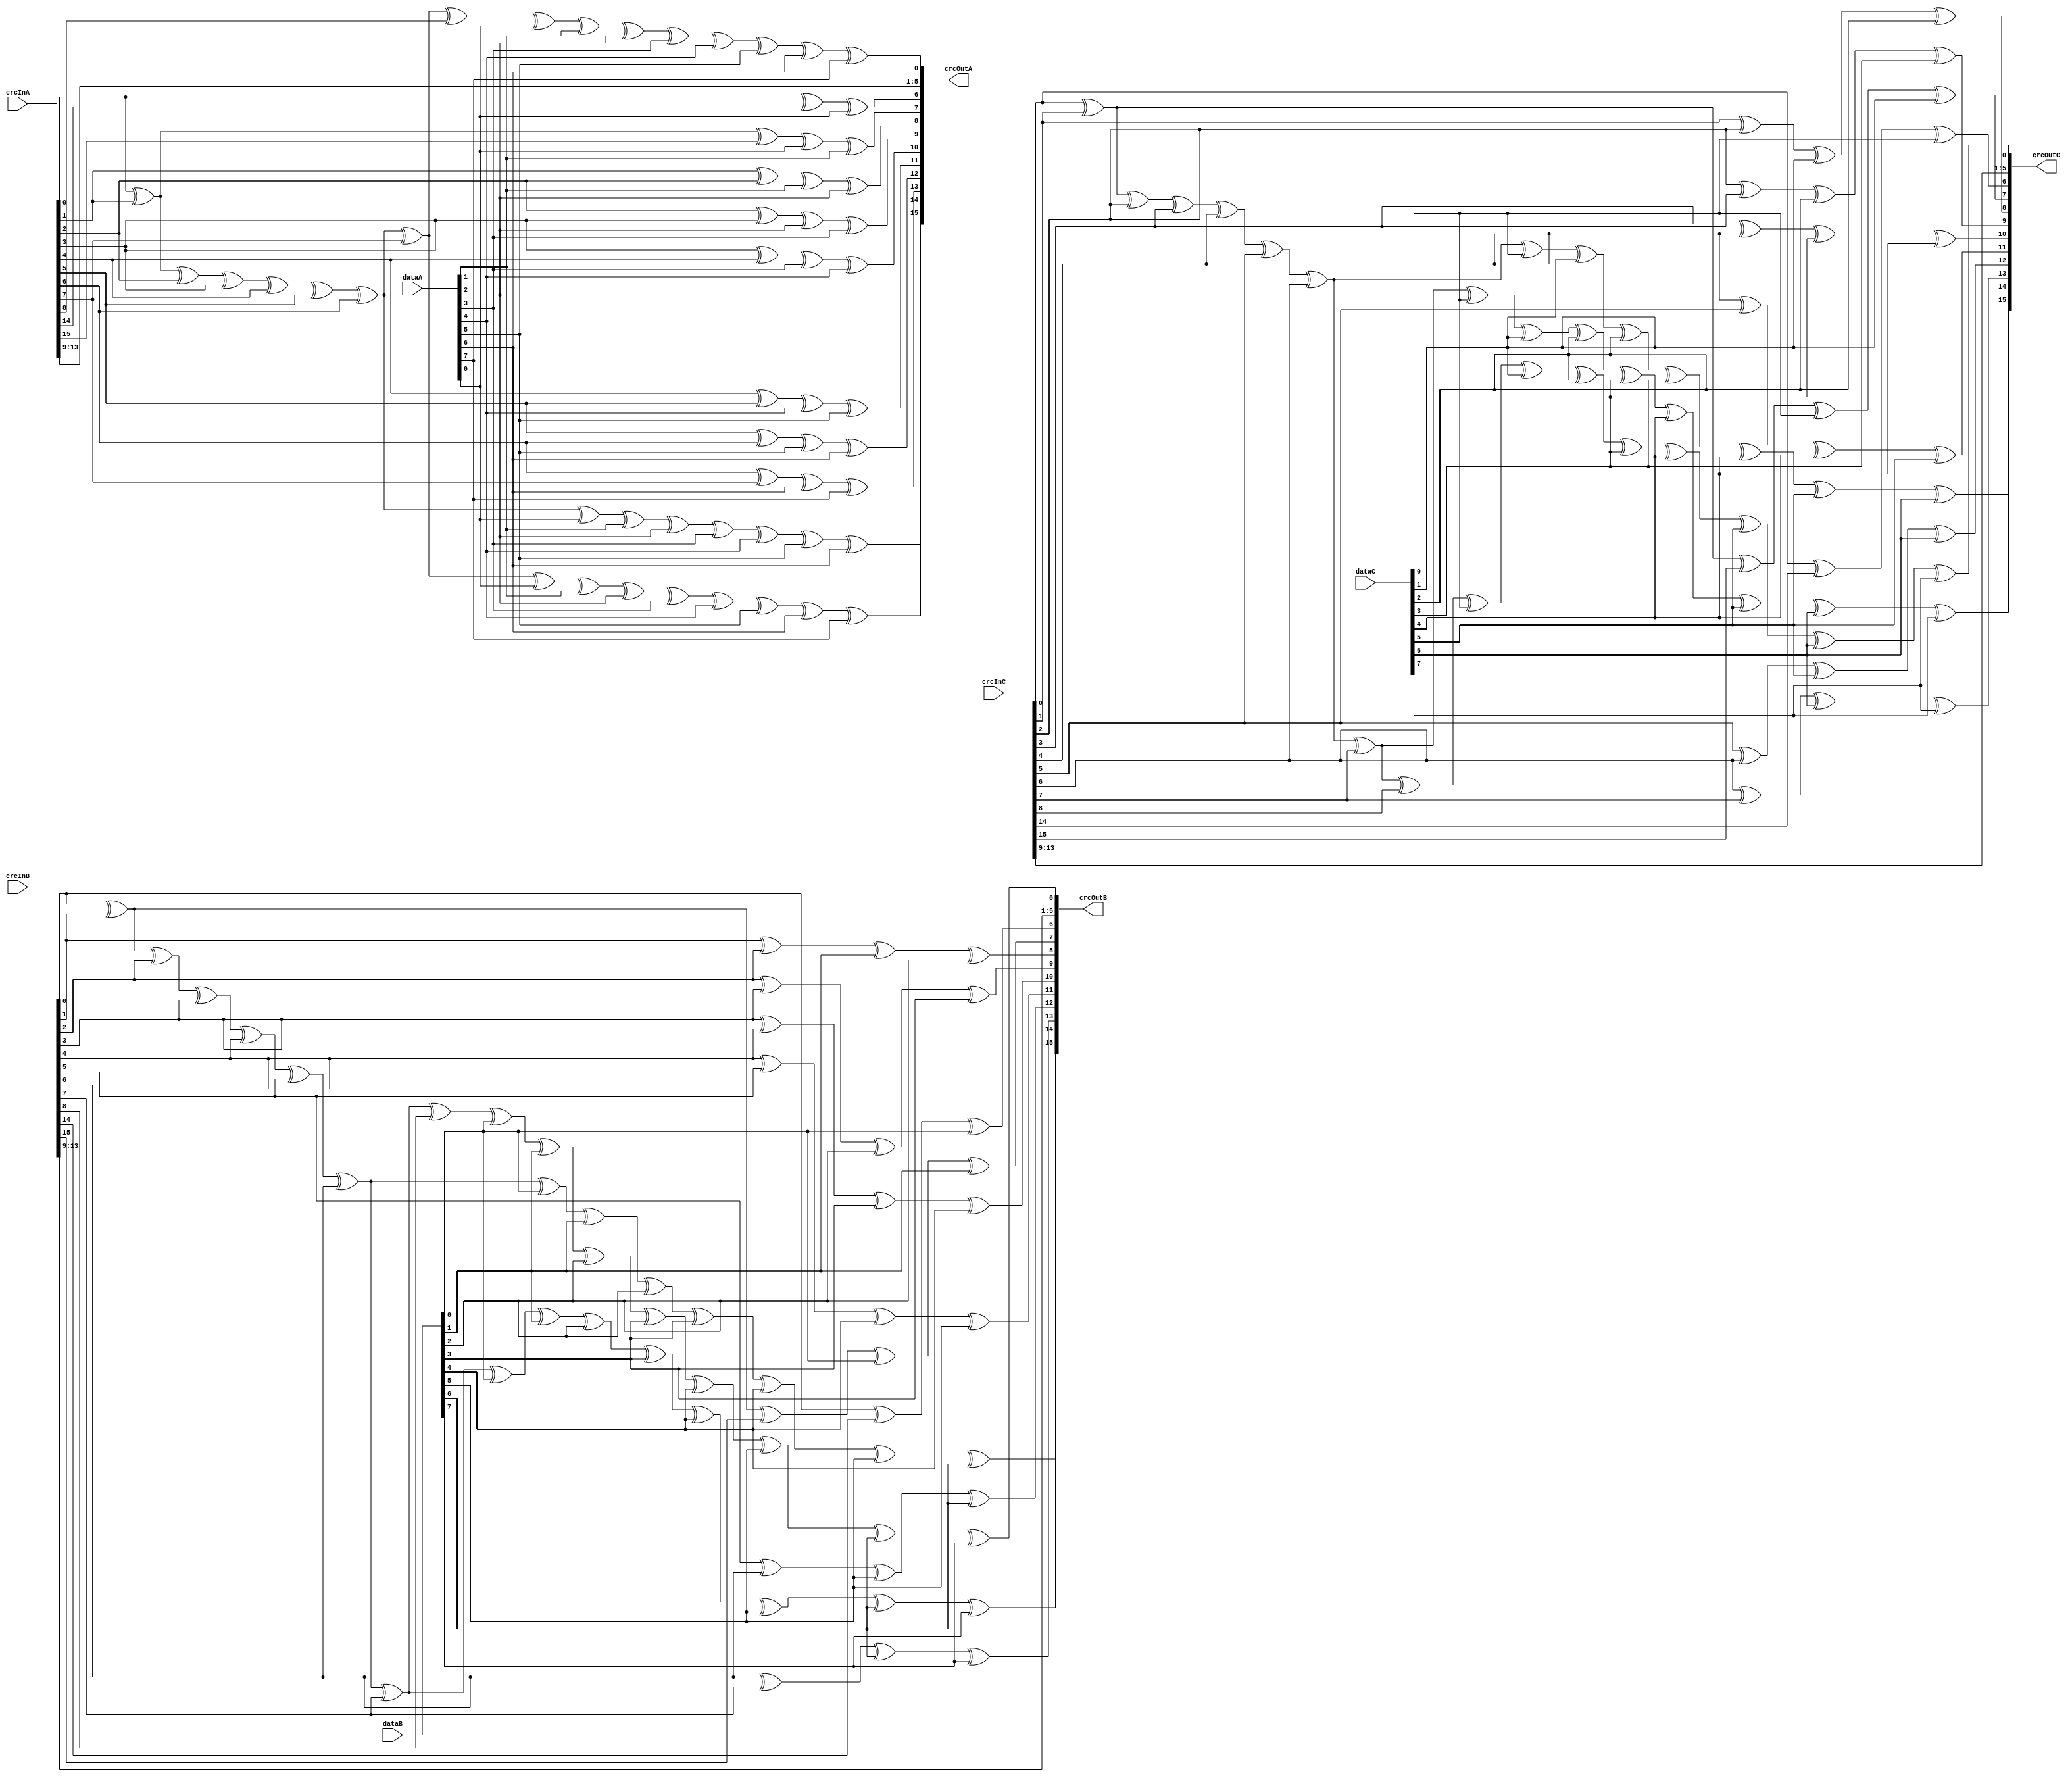
// SPDX-FileCopyrightText: 2023 Board of Regents, The University of Texas System
// SPDX-FileAttributionText: <text>This software was developed with government support under Grant no. DE-SC0023055 awarded by the Department of Energy. The government has certain rights in the copyright.</text>
//
// SPDX-License-Identifier: BSD-3-Clause

/****************************************************************************************************
 *                          ! THIS FILE WAS AUTO-GENERATED BY TMRG TOOL !                           *
 *                                   ! DO NOT EDIT IT MANUALLY !                                    *
 *                                                                                                  *
 *                                                                                                  *
 * user    : rfriesen                                                                               *
 * host    : sgl-lap054                                                                             *
 *                                                                                                  *
 * workdir : /home/rfriesen/git/eposhh_fir5tap/rtl                                                  *
 * cmd     : /home/rfriesen/git/tmrg/bin/tmrg --log=fir_top_i2c-tmr.log --generate-report --stats -v -c *
 *           fir_top_i2c_tmr.cnf fir_top_i2c_tmr.v mult_reg.v snapshot_tx.v i2c_target_wbc.v        *
 *           i2c_target.v adder_tree10.v crc16.v                                                    *
 * tmrg rev: 6574161d3b316703ff7c8948d3a894c6005f77d4                                               *
 *                                                                                                  *
 * src file: crc16.v                                                                                *
 *           Git SHA           : 0ff2f60e67f53627c21a57a2c49e20cd48629ae9                           *
 *           Modification time : 2023-08-25 10:03:13.443277                                         *
 *           File Size         : 2343                                                               *
 *           MD5 hash          : 6e75f99c63d265e224e7b4b69c56132f                                   *
 *                                                                                                  *
 ****************************************************************************************************/

`ifndef  CRC16_V_
`define  CRC16_V_
module crc16TMR(
  input [15:0] crcInA ,
  input [15:0] crcInB ,
  input [15:0] crcInC ,
  input [7:0] dataA ,
  input [7:0] dataB ,
  input [7:0] dataC ,
  output [15:0] crcOutA ,
  output [15:0] crcOutB ,
  output [15:0] crcOutC 
);
assign crcOutA[0]  =  (crcInA[0] ^crcInA[1] ^crcInA[2] ^crcInA[3] ^crcInA[4] ^crcInA[5] ^crcInA[6] ^crcInA[7] ^crcInA[8] ^dataA[0] ^dataA[1] ^dataA[2] ^dataA[3] ^dataA[4] ^dataA[5] ^dataA[6] ^dataA[7] );
assign crcOutB[0]  =  (crcInB[0] ^crcInB[1] ^crcInB[2] ^crcInB[3] ^crcInB[4] ^crcInB[5] ^crcInB[6] ^crcInB[7] ^crcInB[8] ^dataB[0] ^dataB[1] ^dataB[2] ^dataB[3] ^dataB[4] ^dataB[5] ^dataB[6] ^dataB[7] );
assign crcOutC[0]  =  (crcInC[0] ^crcInC[1] ^crcInC[2] ^crcInC[3] ^crcInC[4] ^crcInC[5] ^crcInC[6] ^crcInC[7] ^crcInC[8] ^dataC[0] ^dataC[1] ^dataC[2] ^dataC[3] ^dataC[4] ^dataC[5] ^dataC[6] ^dataC[7] );
assign crcOutA[1]  =  (crcInA[9] );
assign crcOutB[1]  =  (crcInB[9] );
assign crcOutC[1]  =  (crcInC[9] );
assign crcOutA[2]  =  (crcInA[10] );
assign crcOutB[2]  =  (crcInB[10] );
assign crcOutC[2]  =  (crcInC[10] );
assign crcOutA[3]  =  (crcInA[11] );
assign crcOutB[3]  =  (crcInB[11] );
assign crcOutC[3]  =  (crcInC[11] );
assign crcOutA[4]  =  (crcInA[12] );
assign crcOutB[4]  =  (crcInB[12] );
assign crcOutC[4]  =  (crcInC[12] );
assign crcOutA[5]  =  (crcInA[13] );
assign crcOutB[5]  =  (crcInB[13] );
assign crcOutC[5]  =  (crcInC[13] );
assign crcOutA[6]  =  (crcInA[0] ^crcInA[14] ^dataA[0] );
assign crcOutB[6]  =  (crcInB[0] ^crcInB[14] ^dataB[0] );
assign crcOutC[6]  =  (crcInC[0] ^crcInC[14] ^dataC[0] );
assign crcOutA[7]  =  (crcInA[0] ^crcInA[1] ^crcInA[15] ^dataA[0] ^dataA[1] );
assign crcOutB[7]  =  (crcInB[0] ^crcInB[1] ^crcInB[15] ^dataB[0] ^dataB[1] );
assign crcOutC[7]  =  (crcInC[0] ^crcInC[1] ^crcInC[15] ^dataC[0] ^dataC[1] );
assign crcOutA[8]  =  (crcInA[1] ^crcInA[2] ^dataA[1] ^dataA[2] );
assign crcOutB[8]  =  (crcInB[1] ^crcInB[2] ^dataB[1] ^dataB[2] );
assign crcOutC[8]  =  (crcInC[1] ^crcInC[2] ^dataC[1] ^dataC[2] );
assign crcOutA[9]  =  (crcInA[2] ^crcInA[3] ^dataA[2] ^dataA[3] );
assign crcOutB[9]  =  (crcInB[2] ^crcInB[3] ^dataB[2] ^dataB[3] );
assign crcOutC[9]  =  (crcInC[2] ^crcInC[3] ^dataC[2] ^dataC[3] );
assign crcOutA[10]  =  (crcInA[3] ^crcInA[4] ^dataA[3] ^dataA[4] );
assign crcOutB[10]  =  (crcInB[3] ^crcInB[4] ^dataB[3] ^dataB[4] );
assign crcOutC[10]  =  (crcInC[3] ^crcInC[4] ^dataC[3] ^dataC[4] );
assign crcOutA[11]  =  (crcInA[4] ^crcInA[5] ^dataA[4] ^dataA[5] );
assign crcOutB[11]  =  (crcInB[4] ^crcInB[5] ^dataB[4] ^dataB[5] );
assign crcOutC[11]  =  (crcInC[4] ^crcInC[5] ^dataC[4] ^dataC[5] );
assign crcOutA[12]  =  (crcInA[5] ^crcInA[6] ^dataA[5] ^dataA[6] );
assign crcOutB[12]  =  (crcInB[5] ^crcInB[6] ^dataB[5] ^dataB[6] );
assign crcOutC[12]  =  (crcInC[5] ^crcInC[6] ^dataC[5] ^dataC[6] );
assign crcOutA[13]  =  (crcInA[6] ^crcInA[7] ^dataA[6] ^dataA[7] );
assign crcOutB[13]  =  (crcInB[6] ^crcInB[7] ^dataB[6] ^dataB[7] );
assign crcOutC[13]  =  (crcInC[6] ^crcInC[7] ^dataC[6] ^dataC[7] );
assign crcOutA[14]  =  (crcInA[0] ^crcInA[1] ^crcInA[2] ^crcInA[3] ^crcInA[4] ^crcInA[5] ^crcInA[6] ^dataA[0] ^dataA[1] ^dataA[2] ^dataA[3] ^dataA[4] ^dataA[5] ^dataA[6] );
assign crcOutB[14]  =  (crcInB[0] ^crcInB[1] ^crcInB[2] ^crcInB[3] ^crcInB[4] ^crcInB[5] ^crcInB[6] ^dataB[0] ^dataB[1] ^dataB[2] ^dataB[3] ^dataB[4] ^dataB[5] ^dataB[6] );
assign crcOutC[14]  =  (crcInC[0] ^crcInC[1] ^crcInC[2] ^crcInC[3] ^crcInC[4] ^crcInC[5] ^crcInC[6] ^dataC[0] ^dataC[1] ^dataC[2] ^dataC[3] ^dataC[4] ^dataC[5] ^dataC[6] );
assign crcOutA[15]  =  (crcInA[0] ^crcInA[1] ^crcInA[2] ^crcInA[3] ^crcInA[4] ^crcInA[5] ^crcInA[6] ^crcInA[7] ^dataA[0] ^dataA[1] ^dataA[2] ^dataA[3] ^dataA[4] ^dataA[5] ^dataA[6] ^dataA[7] );
assign crcOutB[15]  =  (crcInB[0] ^crcInB[1] ^crcInB[2] ^crcInB[3] ^crcInB[4] ^crcInB[5] ^crcInB[6] ^crcInB[7] ^dataB[0] ^dataB[1] ^dataB[2] ^dataB[3] ^dataB[4] ^dataB[5] ^dataB[6] ^dataB[7] );
assign crcOutC[15]  =  (crcInC[0] ^crcInC[1] ^crcInC[2] ^crcInC[3] ^crcInC[4] ^crcInC[5] ^crcInC[6] ^crcInC[7] ^dataC[0] ^dataC[1] ^dataC[2] ^dataC[3] ^dataC[4] ^dataC[5] ^dataC[6] ^dataC[7] );
endmodule

`endif